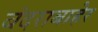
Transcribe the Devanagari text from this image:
बंदराबाहेर